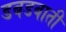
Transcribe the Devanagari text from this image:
डबडबाती